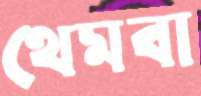
থেমবা